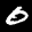
Label: 0